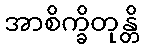
အာစိက္ခိတုန္တိ